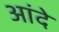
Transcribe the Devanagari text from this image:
आंदे